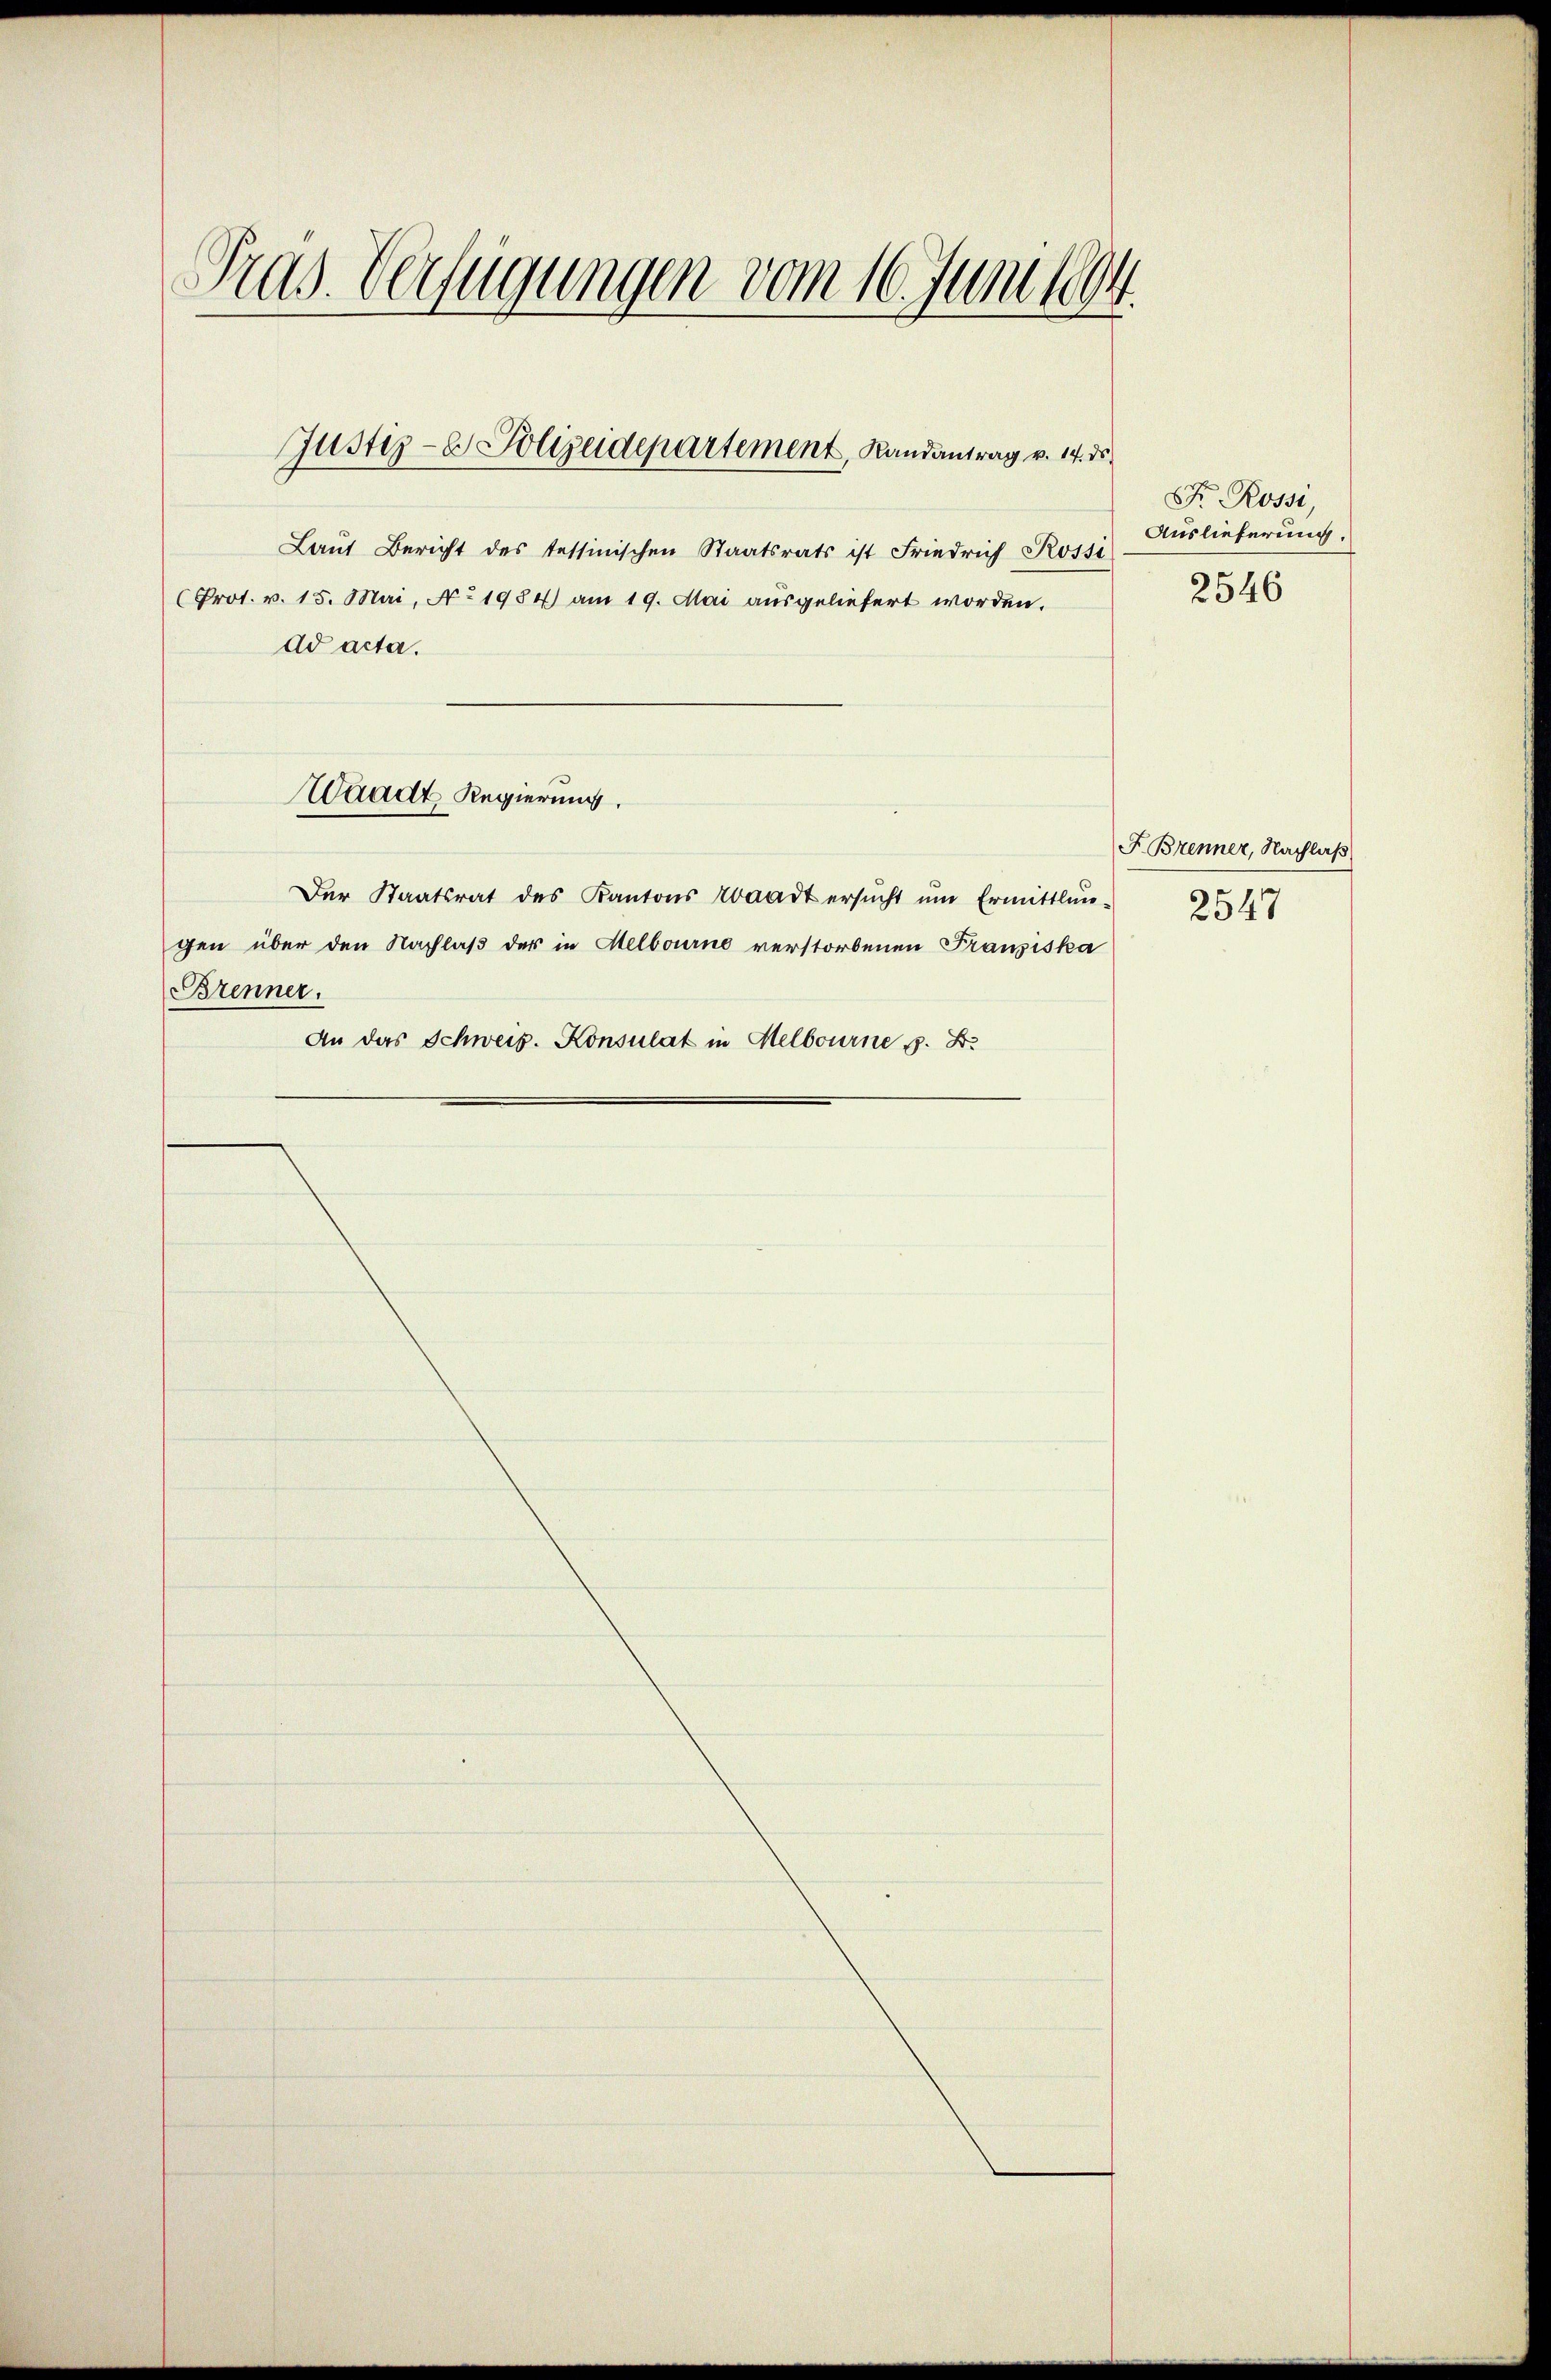
Pras. Verfügungen vom 16. Juni 1894.

Laut Bericht des tessinischen Staatsrats ist Friedrich Rossi
Prot. v. 15. Mai, No 1984) am 19. Mai ausgeliefert worden.
ad acta.
Der Staatsrat des Kantons Waadt ersŭcht ŭm Ermittlun-
gen über den Nachlaß der in Melbourne verstorbenen Franziska
Brenner.
An das Schweiz. Konsulat in Melbourne z. B.

Justiz- & Polizeidepartement, Randantrag v. 14. ds

Waadt Regierung.

Fr. Rossi
Auslieferung.
2546

F. Brenner, Nachlaß
2547